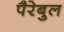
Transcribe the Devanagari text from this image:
पैरेबुल